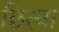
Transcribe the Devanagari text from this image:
छित्वा